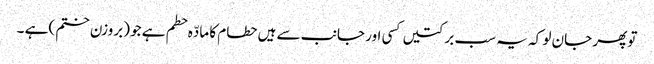
توپھر جان لو کہ یہ سب برکتیں کسی اور جانب سے ہیں حطام کا مادّہ حطم ہے جو (بروزن ختم )ہے ۔